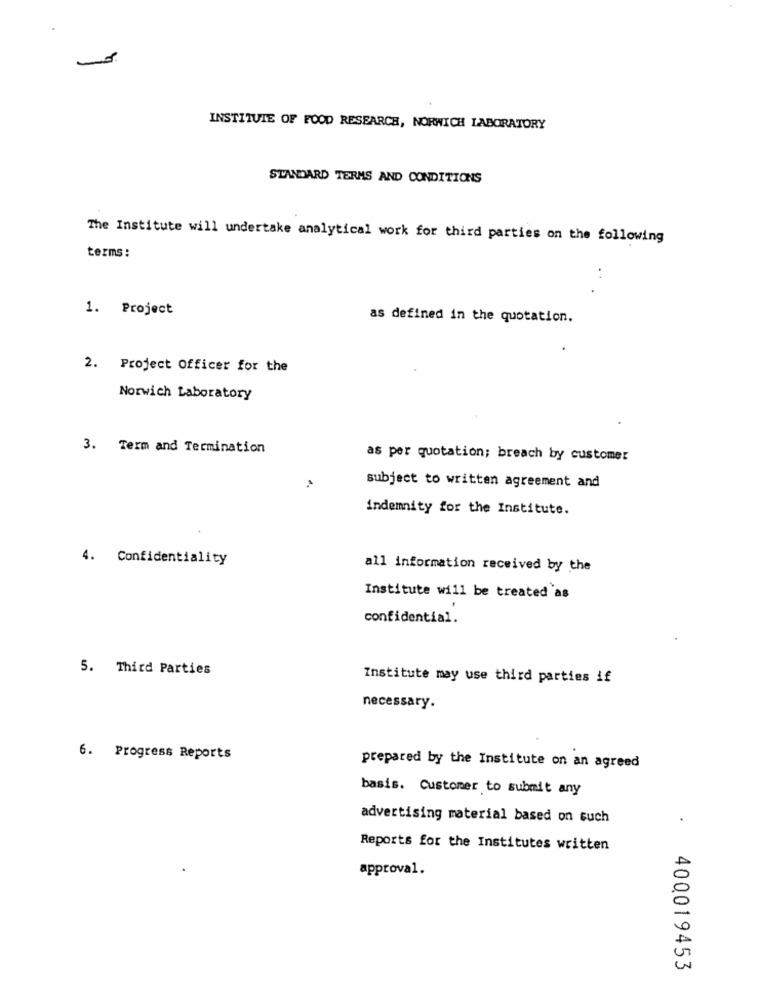
INSTITUTE OF FOOD RESEARCH, NORWICH LABORATORY
STANDARD TERMS AND CONDITIONS
The Institute will undertake analytical work for third parties on the following
terms :
1. Project
as defined in the quotation.
2. Project Officer for the
Norwich Laboratory
3. Term and Termination
as per quotation; breach by customer
subject to written agreement and
indemnity for the Institute.
4. Confidentiality
all information received by the
Institute will be treated as
confidential.
5. Third Parties
Institute may use third parties if
necessary.
6. Progress Reports
prepared by the Institute on an agreed
basis. Customer to submit any
advertising material based on such
Reports for the Institutes written
approval.
400019453